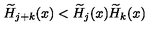
\widetilde { H } _ { j + k } ( x ) < \widetilde { H } _ { j } ( x ) \widetilde { H } _ { k } ( x )